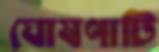
ঘোষণাটি